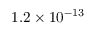
1 . 2 \times 1 0 ^ { - 1 3 }